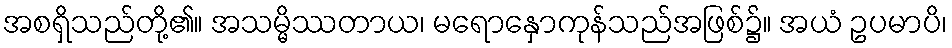
အစရှိသည်တို့၏။ အသမ္မိဿတာယ၊ မရောနှောကုန်သည်အဖြစ်၌။ အယံ ဥပမာပိ၊